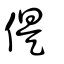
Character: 偍